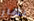
نهار